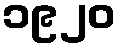
၁၉၂၀